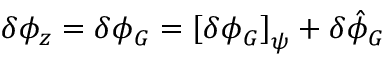
\delta \phi _ { z } = \delta \phi _ { G } = \left[ \delta \phi _ { G } \right] _ { \psi } + \delta \hat { \phi } _ { G }